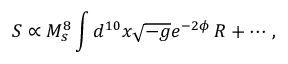
S \propto { M _ { s } ^ { 8 } } \int d ^ { 1 0 } x \sqrt { - g } e ^ { - 2 \phi } \, { \cal R } + \cdots \, ,